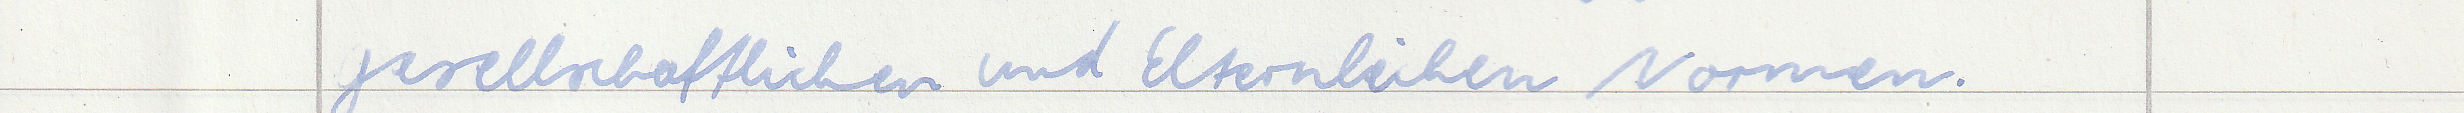
gesellschaftlichen und Elternlichen Normen.